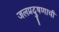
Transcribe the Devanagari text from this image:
जलप्रदुषणाची